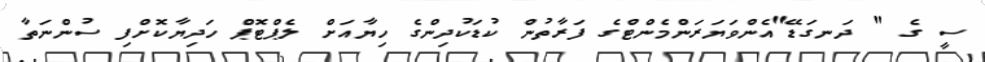
ސީ ގެ " ދަނގަޑޭ"އެންވަޔަރަންމެންޓްގެ ފަރާތުން ކުޑަކުދިންގެ ހިޔާއަށް ލެޕްޓޮޕް ހަދިޔާކޮށްފި ސުންނަތާ